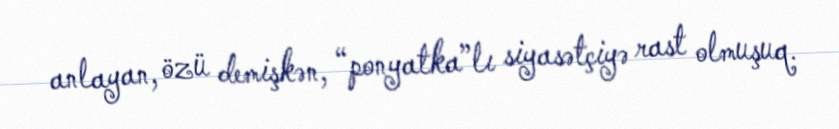
anlayan, özü demişkən, “ponyatka”lı siyasətçiyə rast olmuşuq.